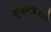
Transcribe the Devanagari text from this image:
जूनागढ़वाले